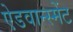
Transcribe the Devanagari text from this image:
ऐडवान्स्मेंट